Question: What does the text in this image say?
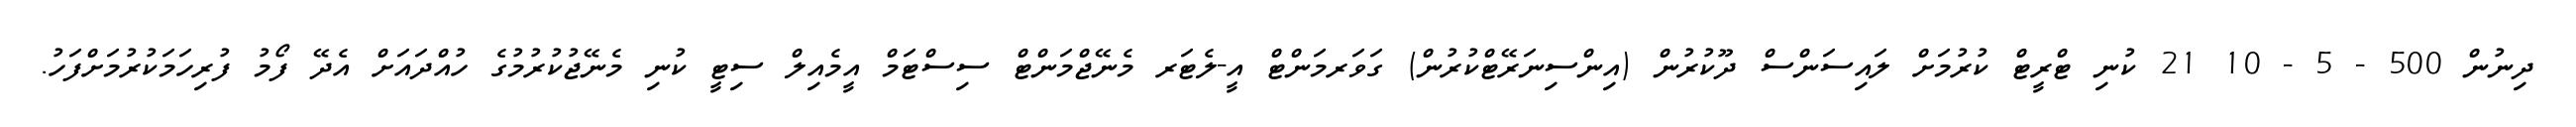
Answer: ދިނުން 500 - 5 - 10 21 ކުނި ޓްރީޓް ކުރުމަށް ލައިސަންސް ދޫކުރުން (އިންސިނަރޭޓްކުރުން) ގަވަރމަންޓް އީ-ލެޓަރ މެނޭޖްމަންޓް ސިސްޓަމް އީމެއިލް ސިޓީ ކުނި މެނޭޖުކުރުމުގެ ހުއްދައަށް އެދޭ ފޯމު ފުރިހަމަކުރުމަށްފަހު.